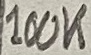
Text: 100K